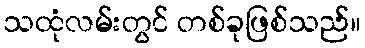
သထုံလမ်းတွင် တစ်ခုဖြစ်သည်။